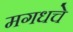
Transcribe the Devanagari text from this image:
मगधचे